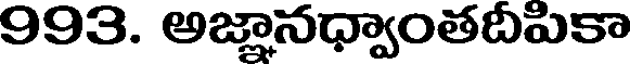
993. అజ్ఞానధ్వాంతదీపికా